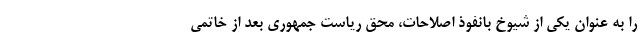
را به عنوان یکی از شیوخ بانفوذ اصلاحات، محق ریاست جمهوری بعد از خاتمی